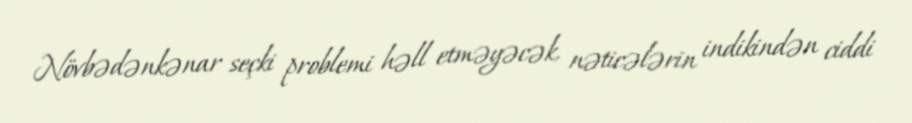
Növbədənkənar seçki problemi həll etməyəcək, nəticələrin indikindən ciddi